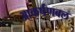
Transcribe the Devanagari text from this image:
आकर्षणबल